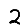
Digit: 2